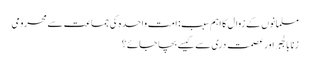
مسلمانوں کے زوال کا اہم سبب: امت واحدہ کی جماعت سے محرومی
زنا بالجبر اور عصمت دری سے کیسے بچا جائے؟